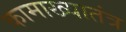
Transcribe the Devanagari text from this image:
कामाख्यातंत्र